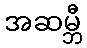
အဆမ္ဘီ